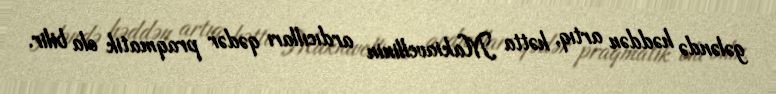
gələndə həddən artıq, hətta Makiavellinin ardıcılları qədər praqmatik ola bilir.